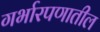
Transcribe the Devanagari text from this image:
गर्भारपणातील